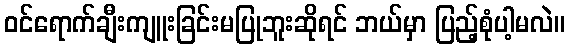
ဝင်ရောက်ချီးကျူးခြင်းမပြုဘူးဆိုရင် ဘယ်မှာ ပြည့်စုံပါ့မလဲ။